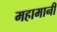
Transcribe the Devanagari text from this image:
महामानी